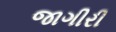
જાગીરી